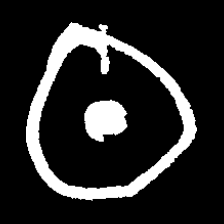
Pyu character \u2014 Myanmar letter: ထ (romanized: tha)